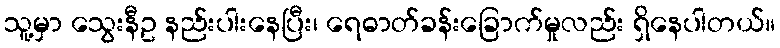
သူ့မှာ သွေးနီဥ နည်းပါးနေပြီး၊ ရေဓာတ်ခန်းခြောက်မှုလည်း ရှိနေပါတယ်။